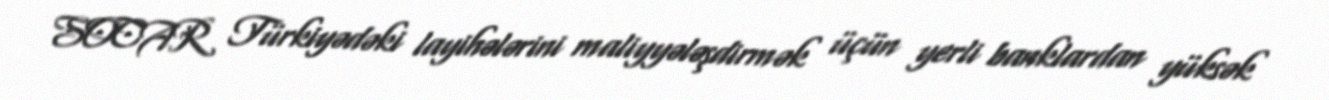
SOCAR Türkiyədəki layihələrini maliyyələşdirmək üçün yerli banklardan yüksək